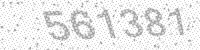
Solution: 561381